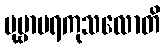
ပုဗ္ဗာပရကုသလောတိ